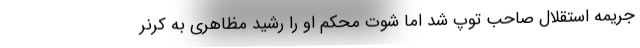
جریمه استقلال صاحب توپ شد اما شوت محکم او را رشید مظاهری به کرنر